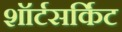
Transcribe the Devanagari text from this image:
शॉर्टसर्किट